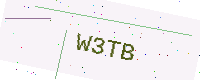
Text: W3TB